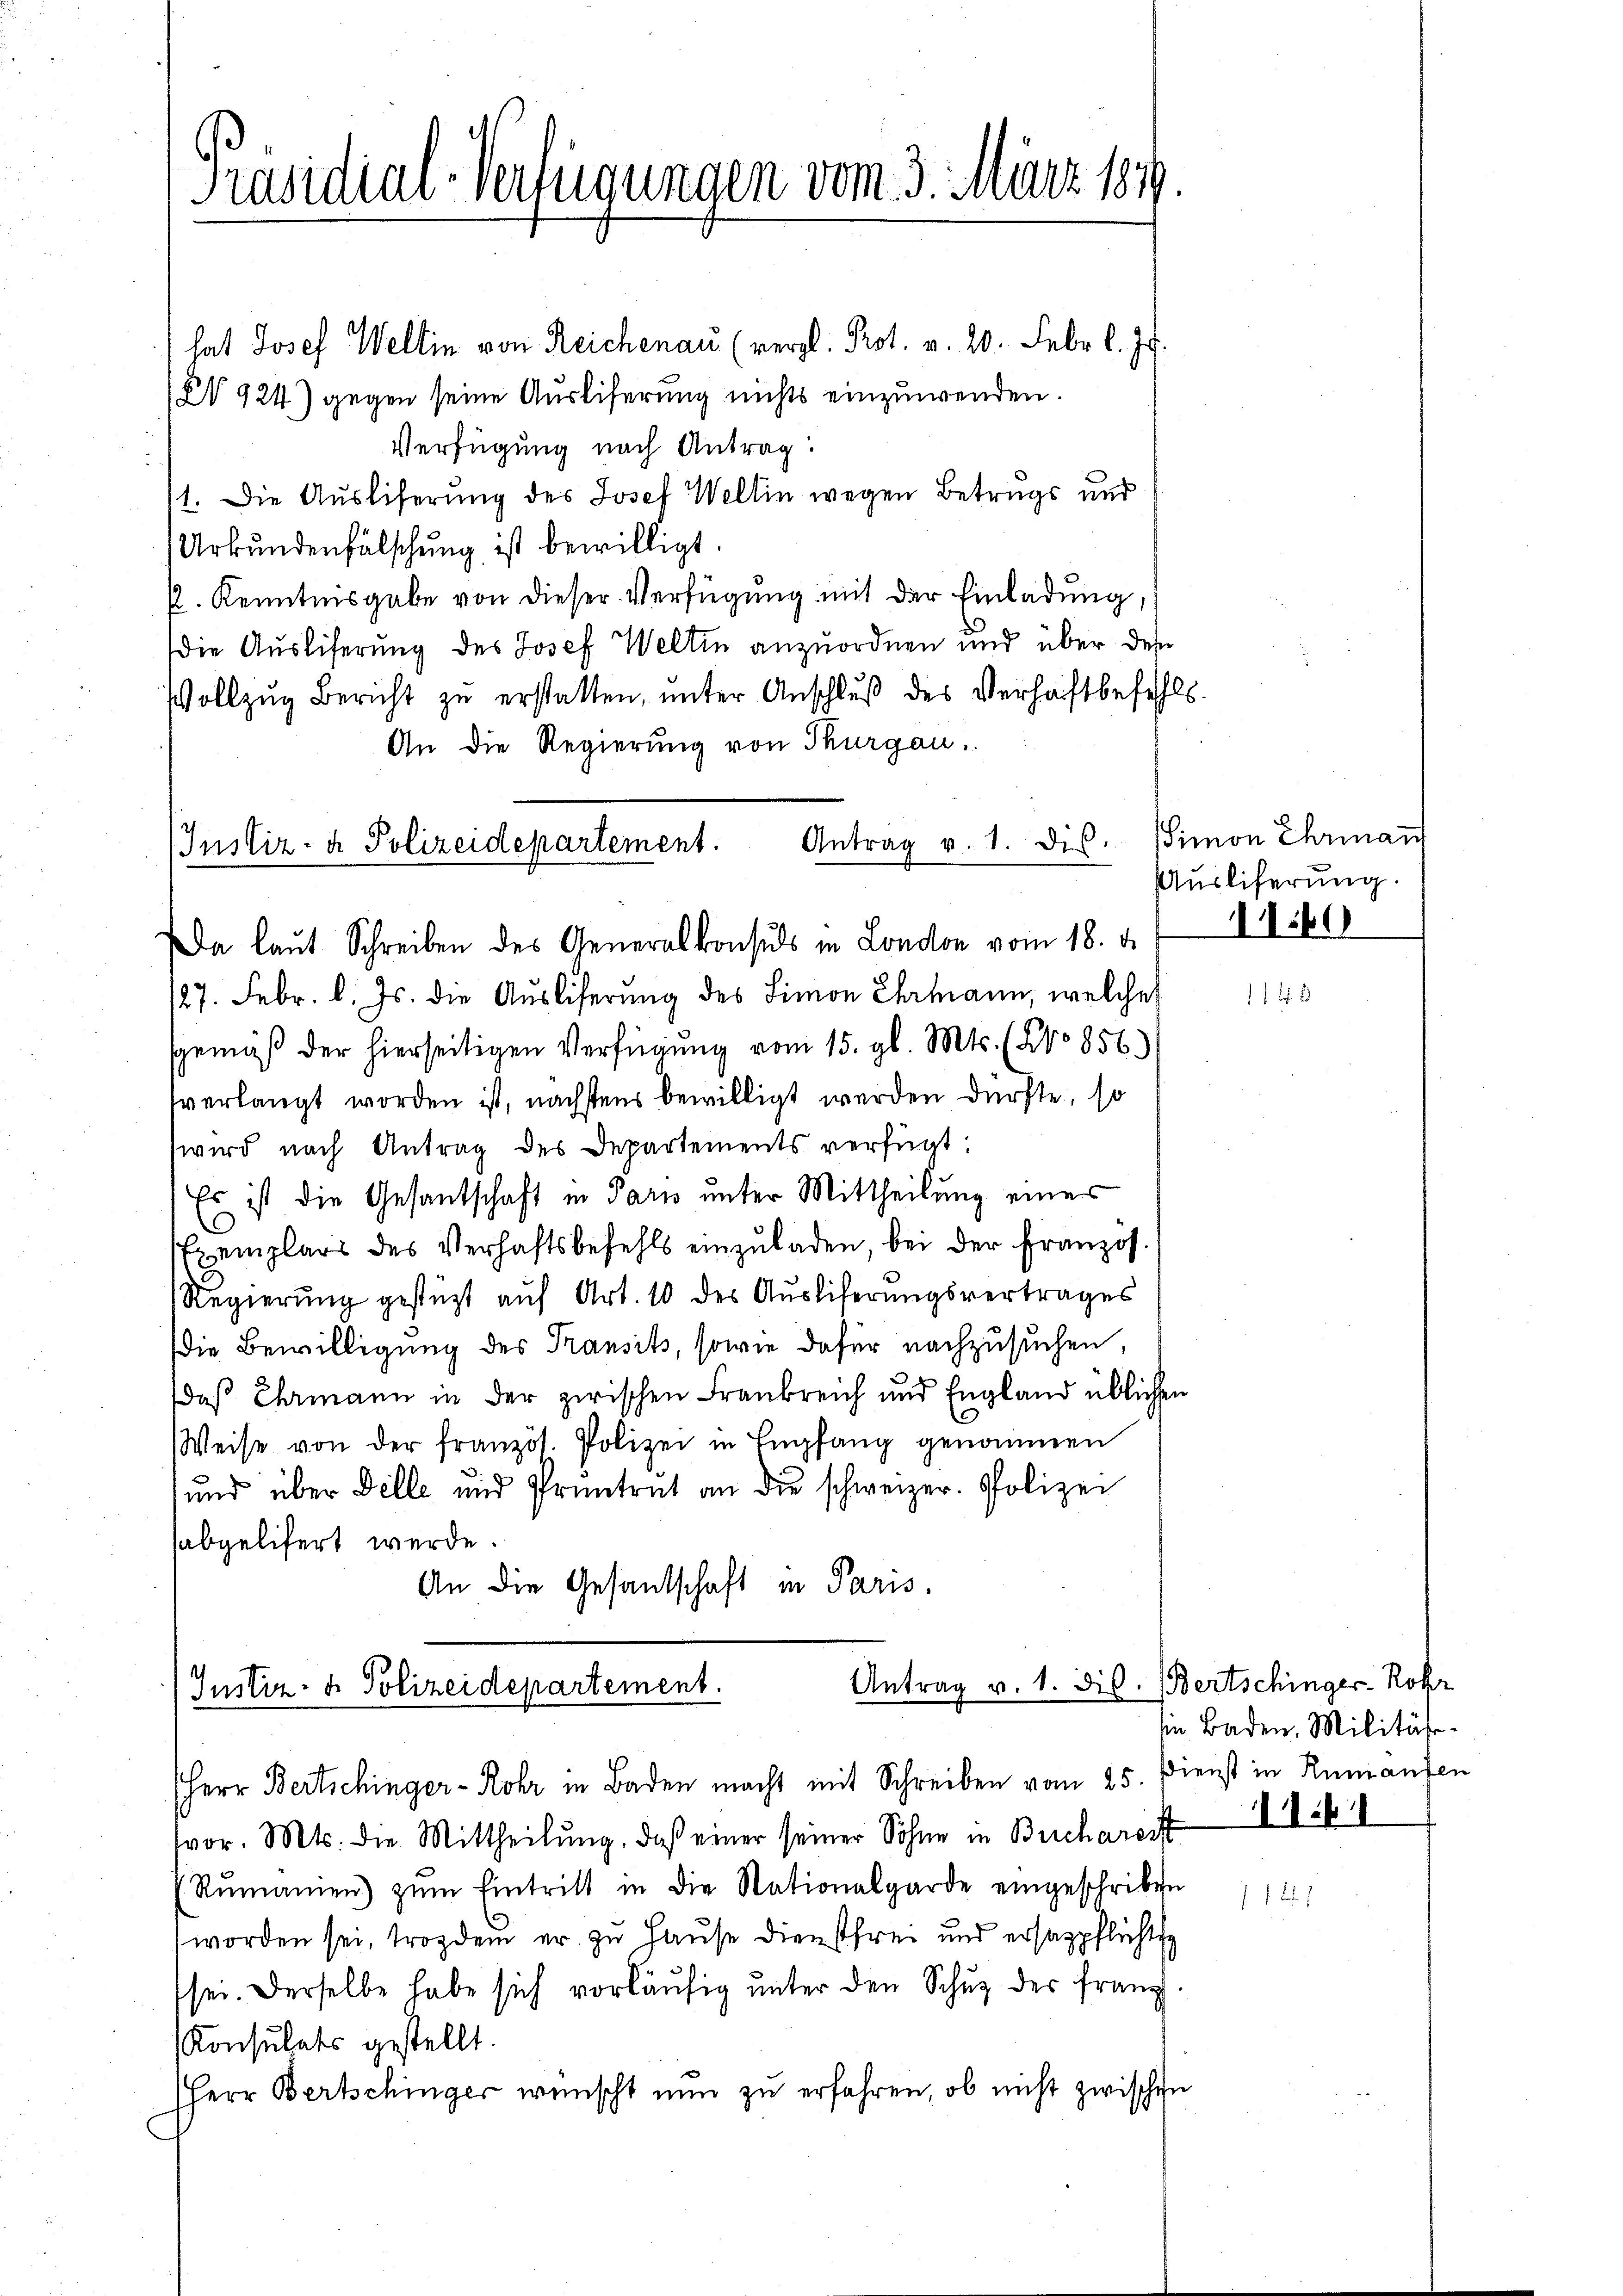
Präsidial-Verfügungen vom 3. März 1819.

hat Josef Weltin von Reichenau (vergl. Prot. v. 20. Febr. l. Js.
(§ 924) gegen seine Auslieferung nichts einzuwenden.
Verfügung nach Antrag:
11. Die Ausliferung des Josef Weltin wegen Betrugs und
Urkundenfälschung ist bewilligt.
p. Kenntnisgabe von dieser Verfügung mit der Einladung,
Die Ausliferung des Josef Weltin anzuordnen und über des
Vollzŭg Bericht zŭ erstatten, unter Anschluß des Verhaftbefehls.
An die Regierung von Thurgau.

Instiz- & Polizeidepartement. Antrag v. 1. dis.
a laut Schreiben des Generalkonsuls in London vom 18. d.

127. Febr. l. Js. die Auslieferung des Limon Ehrmann, welches
gemäß der hierseitigen Verfügung vom 15. gl. Mts. (No 856.)
fverlangt worden ist, nächstens bewilligt werden dürfte, so
wird nach Antrag des Departements verfügt:
Es ist die Gesantschaft in Paris unter Mittheilung eines
Exemplars des Verhaftsbefehls einzŭladen, bei der Franzos.
Regierŭng gestützt aŭf Art. 10 des Aŭsliferungsvertrages
die Bewilligung des Transits, sowie dafür nachzusuchen,
daß Ehmann in der zwischen Frankreich und England üblichen
Weise von der französ. Polizei in Empfang genommen
und über Delle und Pruntrut an die schweizer. Polizei
abgelifert werde.
An die Gesandschaft in Paris.

Antrag v. 1. dis.
(Justiz- & Polizeidepartement.
Herr Bertschinger-Rohr in Baden macht mit Schreiben vom 25. Dienst in Rumanten

Simon Ehrmann
Ausliferung.

vor. Mts. die Mittheilŭng, daß einer seiner Sohne in Brechargift
(Rŭmanien) zŭm Eintritt in die Nationalgarde eingeschriben
worden sei, trozdem er zu Hause dienstfrei und ersagpflichtig
sei. Derselbe habe sich vorläŭfig unter den Schuz des franz
Konsulats gestellt.
Herr Bertschinger wünscht nun zu erfahren, ob nicht zwischen

1160

Bertschinger Rohr
in Baden Militäte
1141